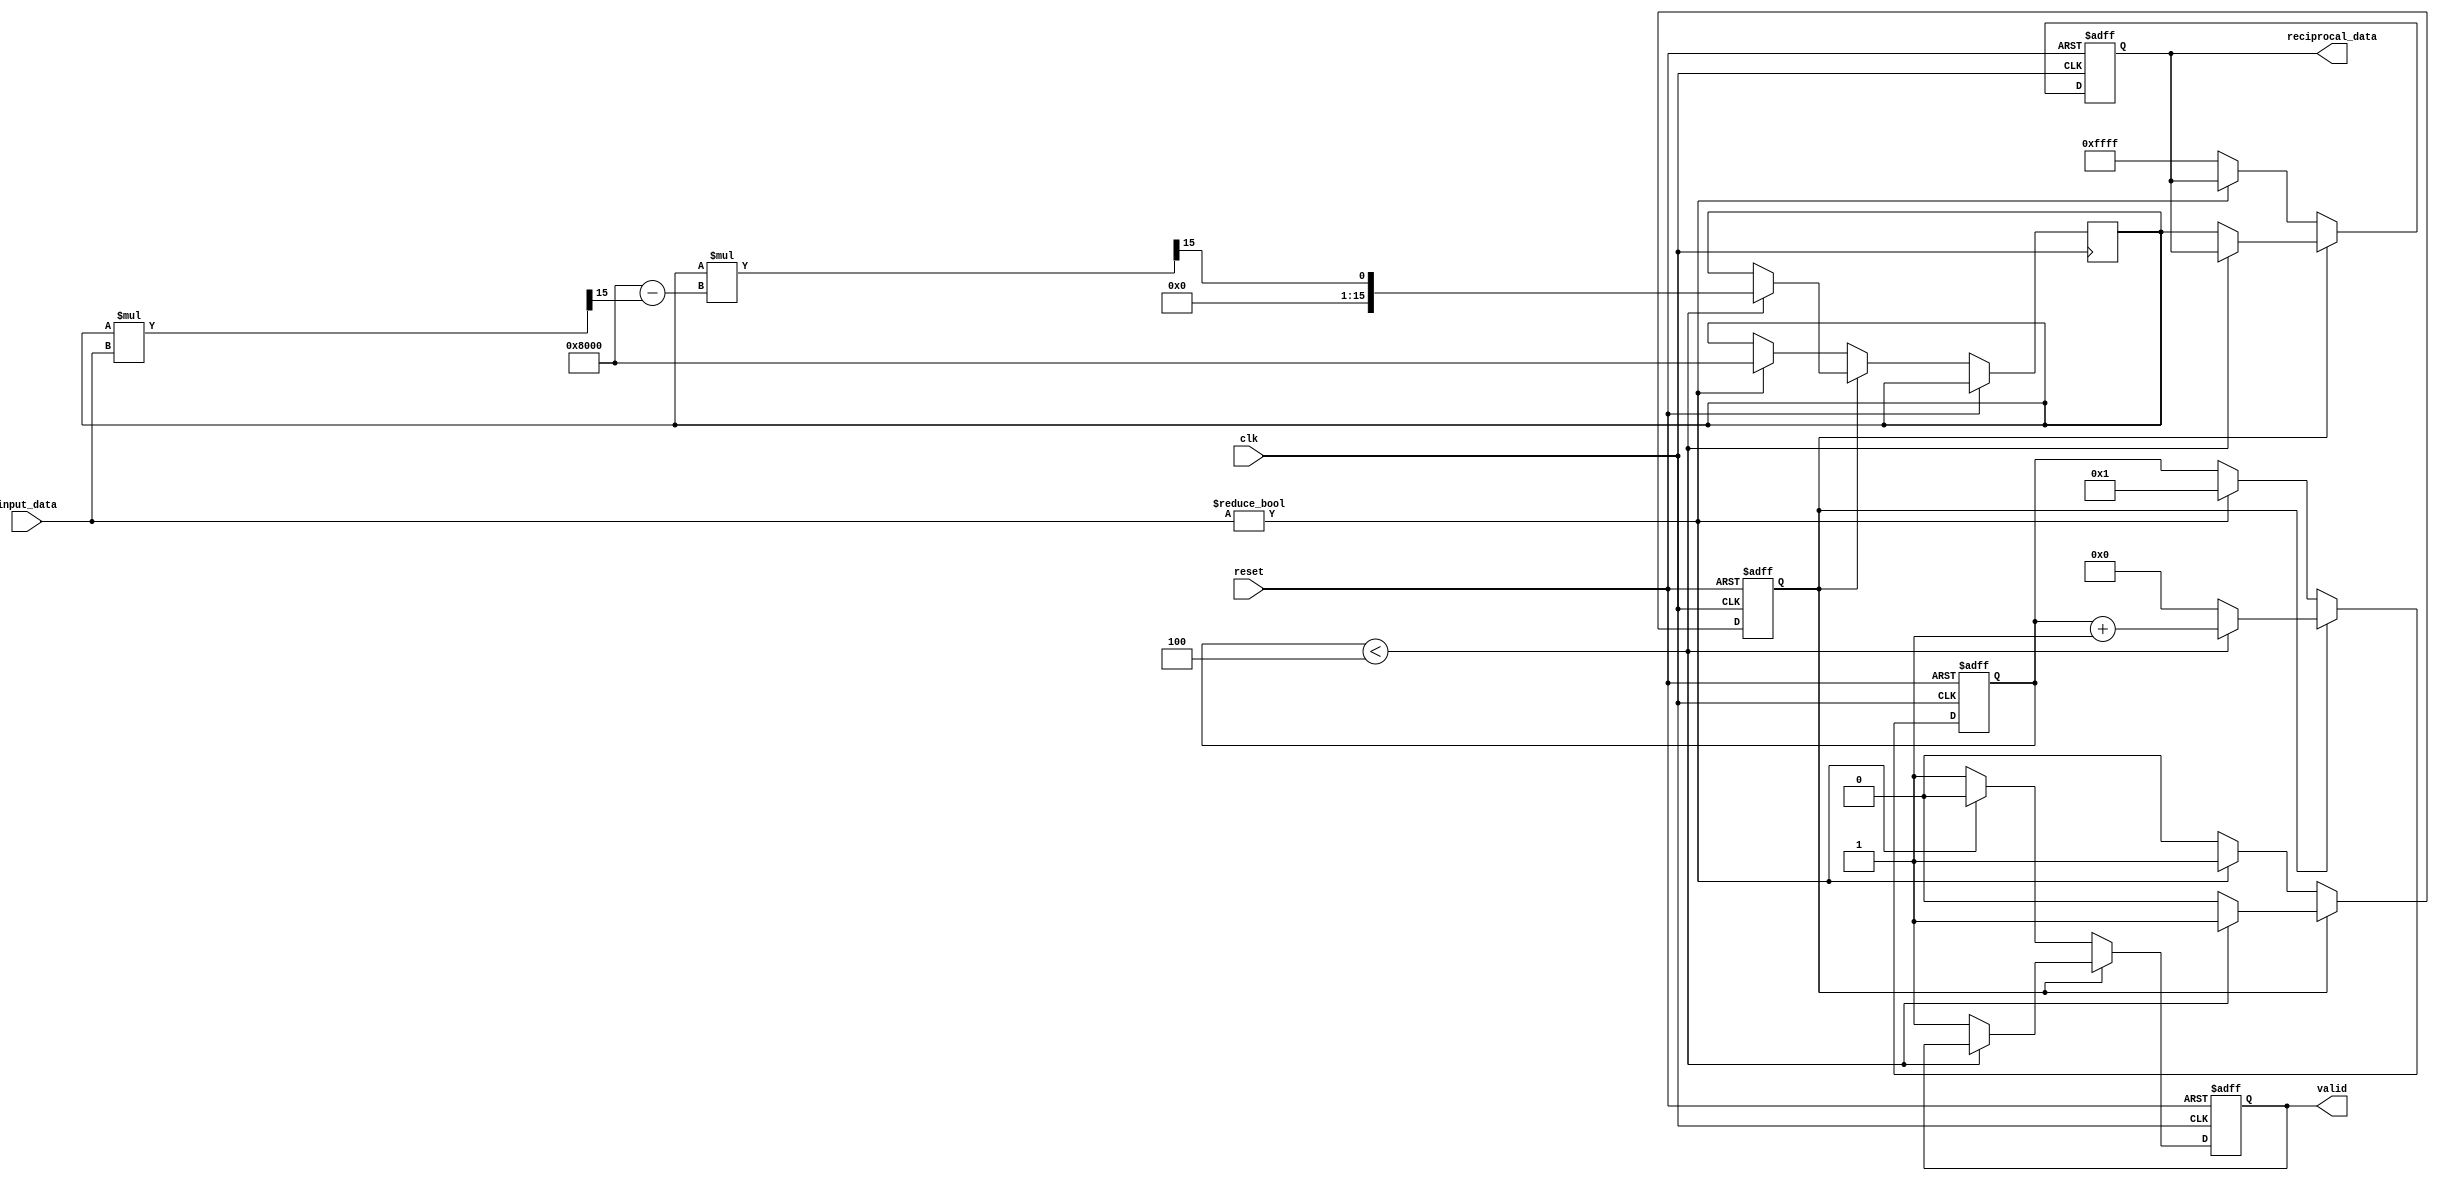
module fixed_point_reciprocal (
    input wire [15:0] input_data, // Fixed-point input (Q1.15 format)
    input wire clk,
    input wire reset,
    output reg [15:0] reciprocal_data, // Fixed-point reciprocal output (Q1.15 format)
    output reg valid // Output valid signal
);

    reg [15:0] approx; // Current approximation of the reciprocal
    reg [3:0] count; // Iteration counter
    reg busy; // Indicates if the calculation is in progress

    // Parameters for fixed-point representation
    parameter MAX_ITERATIONS = 4; // Number of iterations for Newton-Raphson
    parameter Q1_15_SCALE = 16'h8000; // Scale factor for Q1.15

    always @(posedge clk or posedge reset) begin
        if (reset) begin
            reciprocal_data <= 16'h0;
            valid <= 1'b0;
            busy <= 1'b0;
            count <= 4'b0;
        end else if (busy) begin
            // Continue the Newton-Raphson iterations
            if (count < MAX_ITERATIONS) begin
                // Newton-Raphson formula: x(n+1) = x(n) * (2 - x(n) * input_data)
                approx <= approx * (Q1_15_SCALE - (approx * input_data >> 15)) >> 15;
                count <= count + 1;
            end else begin
                // Final approximation is ready
                reciprocal_data <= approx;
                valid <= 1'b1;
                busy <= 1'b0;
                count <= 0;
            end
        end else begin
            // Check for valid input and handle division by zero
            if (input_data != 16'h0) begin
                // Initialize approximation (using a default value, e.g., Q1.15 of 1)
                approx <= Q1_15_SCALE; // Initial guess of 1.0
                count <= 1; // Start iteration
                valid <= 1'b0; // Clear valid signal
                busy <= 1'b1; // Set busy flag
            end else begin
                // Handle division by zero - could set to 0 or some error code
                reciprocal_data <= 16'hFFFF; // Example: error code or NaN
                valid <= 1'b1; // Output valid signal
            end
        end
    end
endmodule